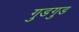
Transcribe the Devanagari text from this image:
गुडगुड